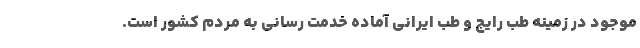
موجود در زمینه طب رایج و طب ایرانی آماده خدمت رسانی به مردم کشور است.